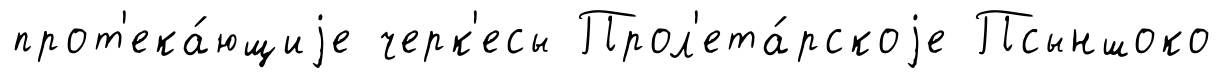
прот'ека́ющиjе черк'есы Прол'ета́рскоjе Псыншоко